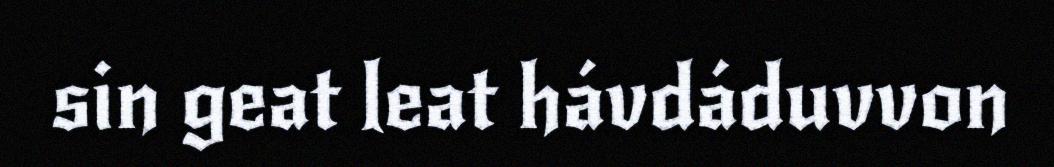
sin geat leat hávdáduvvon